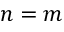
n = m